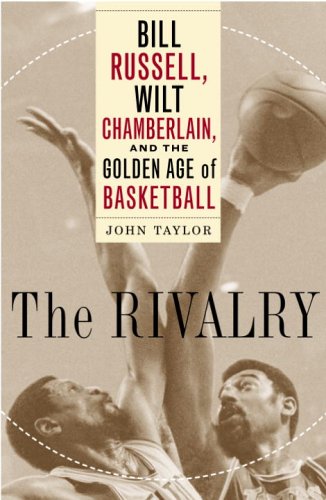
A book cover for The Rivalry: Bill Russell, Wilt Chamberlain, and the Golden Age of Basketball; John Taylor; Sports & Outdoors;